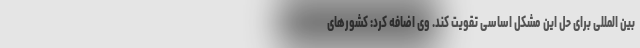
بین المللی برای حل این مشکل اساسی تقویت کند. وی اضافه کرد: کشورهای